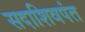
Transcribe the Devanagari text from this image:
सदाशिवपंत